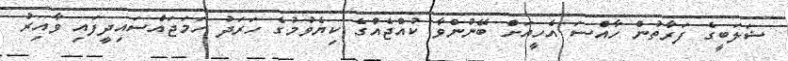
ޝަލަބީގެ ފަރާތުން ހާއްސަ އެހީއަށް ބޭނުންވާ ކުއްޖެއްގެ ކިޔެވުމުގެ ހަރަދު ހަމަޖައްސައިދީފައި ވާއިރު